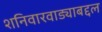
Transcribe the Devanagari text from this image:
शनिवारवाड्याबद्दल